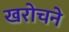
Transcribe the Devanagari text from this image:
खरोचने